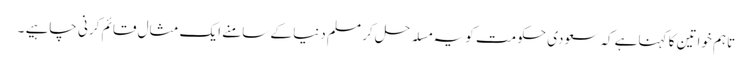
تاہم خواتین کا کہناہے کہ سعودی حکومت کو یہ مسلہ حل کر مسلم دنیا کے سامنے ایک مثال قائم کرنی چاہیے ۔